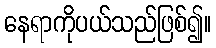
နေရာကိုပယ်သည်ဖြစ်၍။